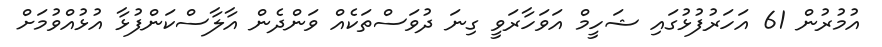
އުމުރުން 61 އަހަރުފުޅުގައި ޝަހީމް އަވަހާރަވީ ގިނަ ދުވަސްތަކެއް ވަންދެން އާލާސްކަންފުޅާ އުޅުއްވުމަށް